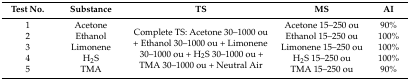
| Test No. | Substance | TS | MS | AI |
 | --- | --- | --- | --- | --- |
 | 1 | Acetone | <ROWSPAN=5> Complete TS: Acetone 30–1000 ou + Ethanol 30–1000 ou + Limonene 30–1000 ou + H2S 30–1000 ou + TMA 30–1000 ou + Neutral Air | Acetone 15–250 ou | 90% |
 | 2 | Ethanol | Ethanol 15–250 ou | 100% |
 | 3 | Limonene | Limonene 15–250 ou | 100% |
 | 4 | H2S | H2S 15–250 ou | 100% |
 | 5 | TMA | TMA 15–250 ou | 90% |